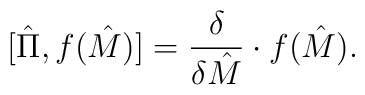
[\hat \Pi, f(\hat M )] ={\delta \over \delta \hat M}\cdot f(\hat M ).